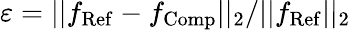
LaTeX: \varepsilon=||f_{\mathrm{Ref}}-f_{\mathrm{Comp}}||_{2}/||f_{\mathrm{Ref}}||_{2}